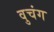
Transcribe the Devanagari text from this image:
वुचंग